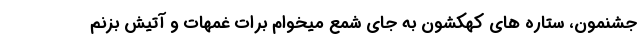
جشنمون، ستاره های کهکشون به جای شمع میخوام برات غمهات و آتیش بزنم